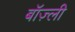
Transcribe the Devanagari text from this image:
बॉज़्ली